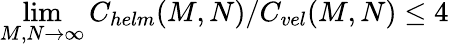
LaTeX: \operatorname*{lim}_{M,N\rightarrow\infty}C_{helm}(M,N)/C_{vel}(M,N)\leq 4